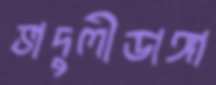
ভাদুলীডাঙ্গা